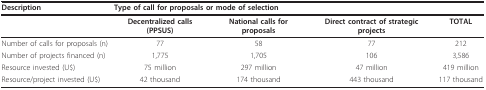
| Description | <COLSPAN=4> Type of call for proposals or mode of selection |
 | --- | --- | --- | --- | --- |
 |  | Decentralized calls (PPSUS) | National calls for proposals | Direct contract of strategic projects | TOTAL |
 | Number of calls for proposals (n) | 77 | 58 | 77 | 212 |
 | Number of projects financed (n) | 1,775 | 1,705 | 106 | 3,586 |
 | Resource invested (U$) | 75 million | 297 million | 47 million | 419 million |
 | Resource/project invested (U$) | 42 thousand | 174 thousand | 443 thousand | 117 thousand |